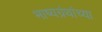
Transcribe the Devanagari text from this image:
भाष्यग्रंथांच्या